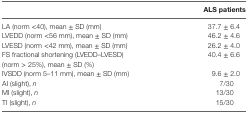
<table><thead><tr><td></td><td><b>ALS patients</b></td></tr></thead><tbody><tr><td>LA (norm &lt;40), mean ± SD (mm)</td><td>37.7 ± 6.4</td></tr><tr><td>LVEDD (norm &lt;56 mm), mean ± SD (mm)</td><td>46.2 ± 4.6</td></tr><tr><td>LVESD (norm &lt;42 mm), mean ± SD (mm)</td><td>26.2 ± 4.0</td></tr><tr><td>FS fractional shortening (LVEDD–LVESD) (norm &gt; 25%), mean ± SD (%)</td><td>40.4 ± 6.6</td></tr><tr><td>IVSDD (norm 5–11 mm), mean ± SD (mm)</td><td>9.6 ± 2.0</td></tr><tr><td>AI (slight), <i>n</i></td><td>7/30</td></tr><tr><td>MI (slight), <i>n</i></td><td>13/30</td></tr><tr><td>TI (slight), <i>n</i></td><td>15/30</td></tr></tbody></table>